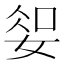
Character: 𫰱